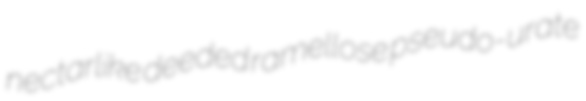
nectarlike deeded ramellose pseudo-urate